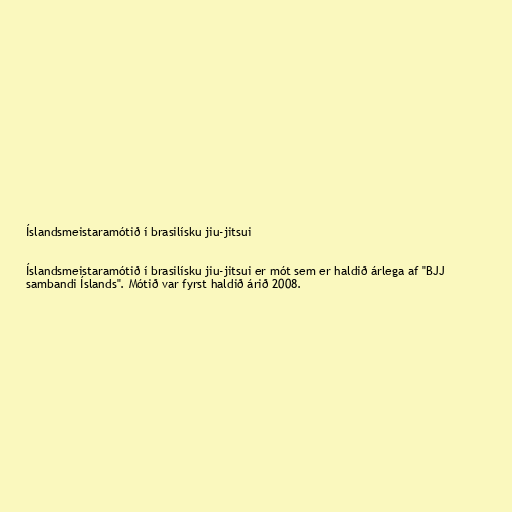
Íslandsmeistaramótið í brasilísku jiu-jitsui

Íslandsmeistaramótið í brasilísku jiu-jitsui er mót sem er haldið árlega af "BJJ
sambandi Íslands". Mótið var fyrst haldið árið 2008.